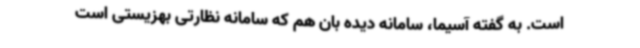
است. به گفته آسیما، سامانه دیده بان هم که سامانه نظارتی بهزیستی است